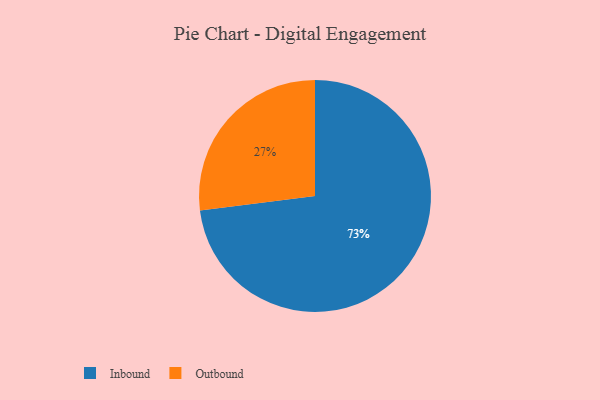
{"axis": {"x": "Category", "y": "Percentage"}, "legend": ["Inbound", "Outbound"], "data": [{"x": "Outbound", "y": 27, "type": "Outbound"}, {"x": "Inbound", "y": 73, "type": "Inbound"}]}